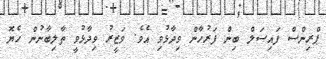
ޕްރިންސް ފައިސަލް ބިން ފަރުހާން ވިދާޅުވި އެވެ. ވަޒީރު ވިދާޅުވީ ތާލިބާނުން ހެޔޮ